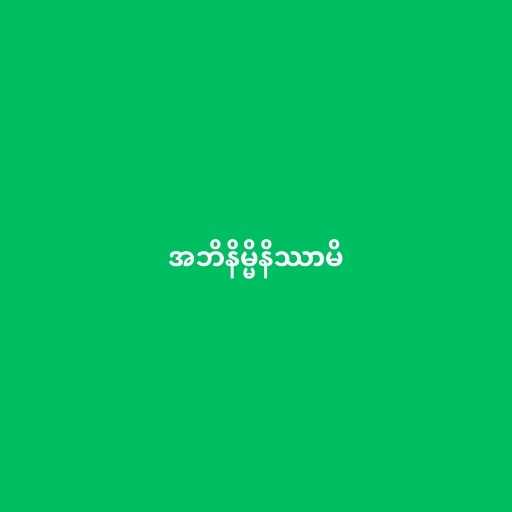
အဘိနိမ္မိနိဿာမိ